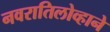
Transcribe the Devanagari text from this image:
नवरातिलोव्हाने